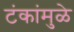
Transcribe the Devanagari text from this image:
टंकांमुळे